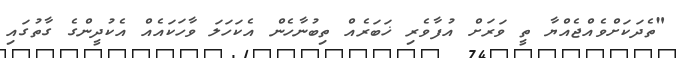
"ތެދަކަށްވެއްޖެއްޔާ ތީ ވަރަށް އުފާވެރި ޚަބަރެއް ތިބުނާހެން އެކަހަލަ ވާހަކައެއް އެކުދީންގެ ގާތުގައި